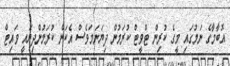
އޮބާމާގެ ނަމުގައި މީގެ ކުރިން ޓްވީޓް ކުރަމުން ދިޔަނަމަވެސް އެކަން ކުރަމުންދިޔައީ ވައިޓް